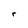
Character: r